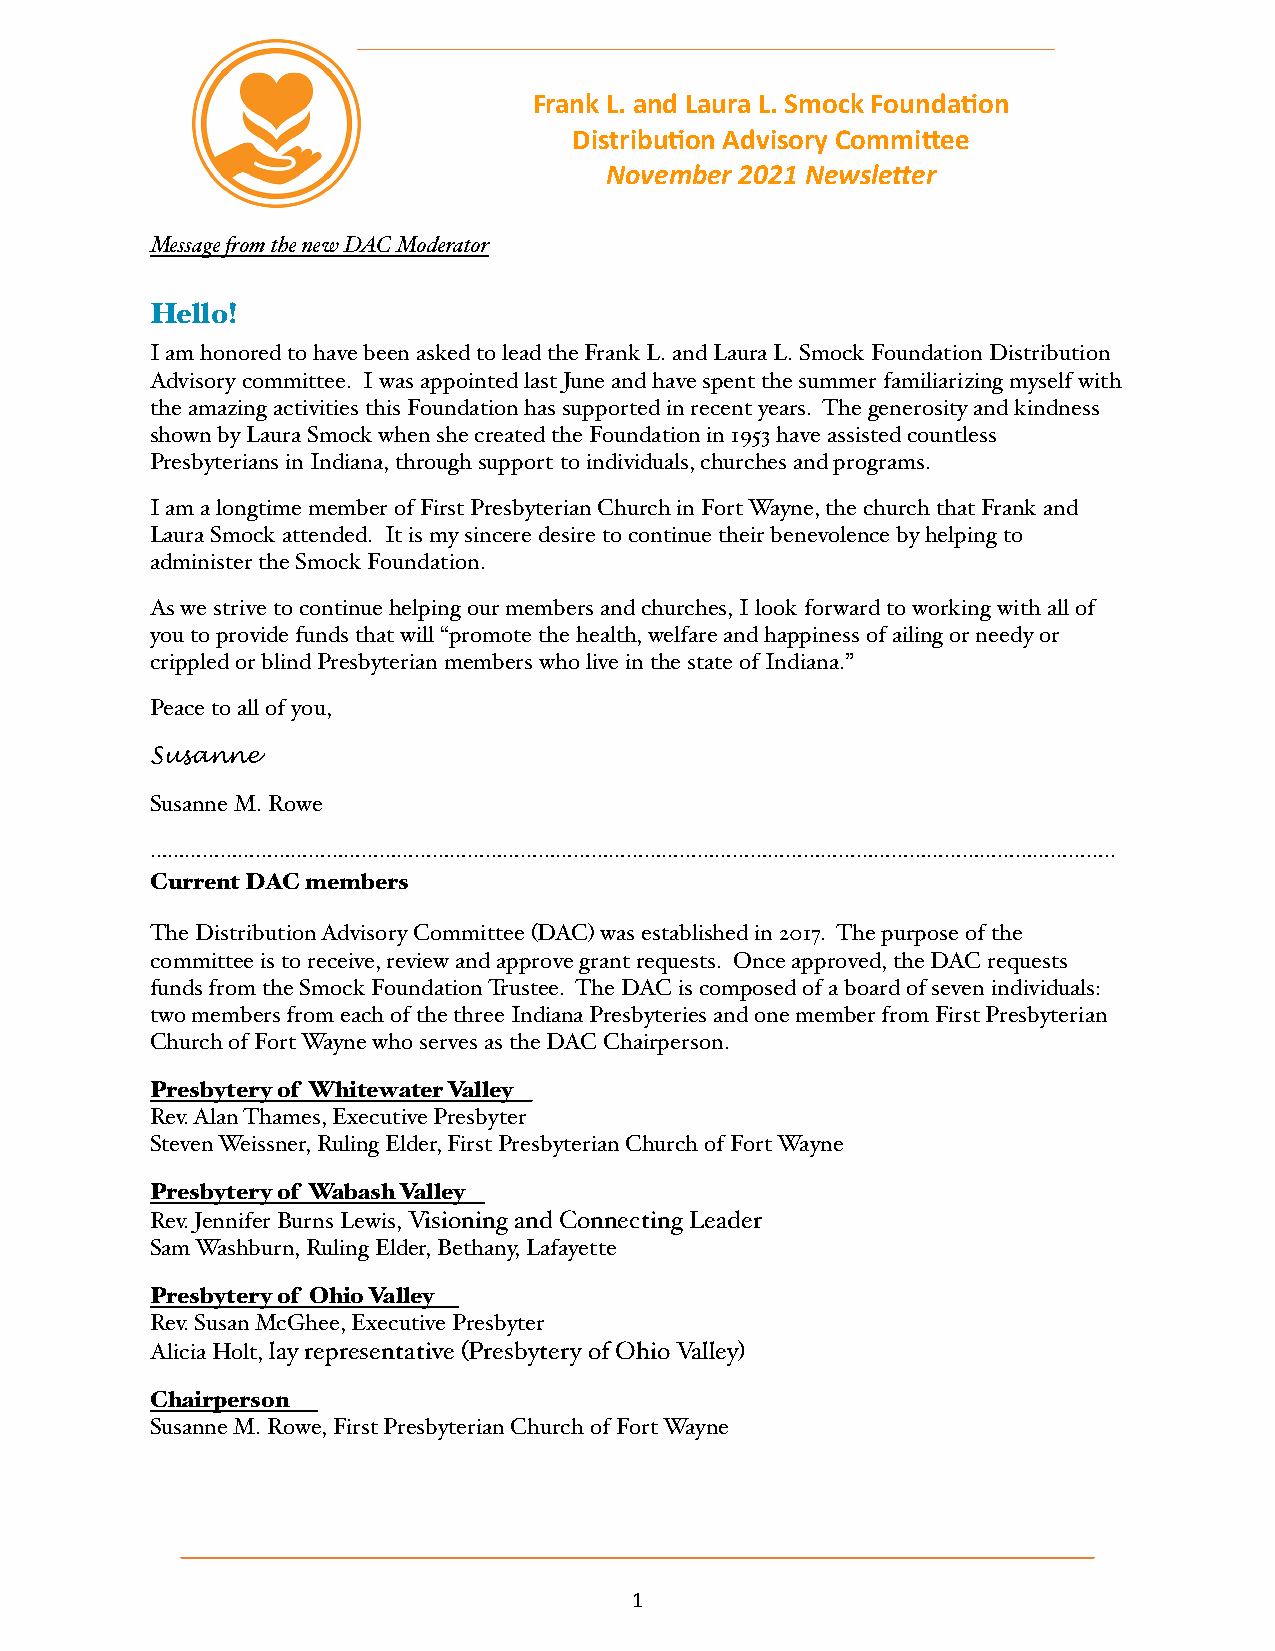
Frank L. and Laura L. Smock Founda/on
 Distribu/on Advisory Commi9ee
 November 2021 Newsle/er
 Message from the new DAC Moderator
 Hello!
 I am honored to have been asked to lead the Frank L. and Laura L. Smock Foundation Distribution
 Advisory committee. I was appointed last June and have spent the summer familiarizing myself with
 the amazing activities this Foundation has supported in recent years. The generosity and kindness
 shown by Laura Smock when she created the Foundation in 1953 have assisted countless
 Presbyterians in Indiana, through support to individuals, churches and programs.
 I am a longtime member of First Presbyterian Church in Fort Wayne, the church that Frank and
 Laura Smock attended. It is my sincere desire to continue their benevolence by helping to
 administer the Smock Foundation.
 As we strive to continue helping our members and churches, I look forward to working with all of
 you to provide funds that will “promote the health, welfare and happiness of ailing or needy or
 crippled or blind Presbyterian members who live in the state of Indiana.”
 Peace to all of you,
 Susanne
 Susanne M. Rowe
 ………………………………………………………………………………………………………………………………………………..
 Current DAC members
 The Distribution Advisory Committee (DAC) was established in 2017. The purpose of the
 committee is to receive, review and approve grant requests. Once approved, the DAC requests
 funds from the Smock Foundation Trustee. The DAC is composed of a board of seven individuals:
 two members from each of the three Indiana Presbyteries and one member from First Presbyterian
 Church of Fort Wayne who serves as the DAC Chairperson.
 Presbytery of Whitewater Valley
 Rev. Alan Thames, Executive Presbyter
 Steven Weissner, Ruling Elder, First Presbyterian Church of Fort Wayne
 Presbytery of Wabash Valley
 Rev. Jennifer Burns Lewis, Visioning and Connecting Leader
 Sam Washburn, Ruling Elder, Bethany, Lafayette
 Presbytery of Ohio Valley
 Rev. Susan McGhee, Executive Presbyter
 Alicia Holt, lay representative (Presbytery of Ohio Valley)
 Chairperson
 Susanne M. Rowe, First Presbyterian Church of Fort Wayne
 1